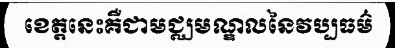
ខេត្តនេះគឺជាមជ្ឈមណ្ឌលនៃវប្បធម៌